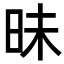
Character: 昧